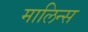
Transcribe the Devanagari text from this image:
मालिन्स